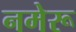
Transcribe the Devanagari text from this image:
नमेरू